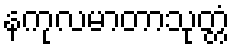
နကုလမာတာသုတ္တံ